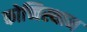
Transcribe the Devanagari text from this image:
कोच्चिस्थान